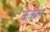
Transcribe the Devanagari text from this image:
केकोस